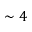
\sim 4